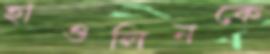
হাওলিনকে